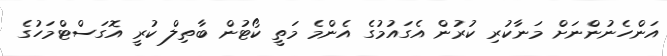
އަންހެނުންނަށް މަނާކުރި ކުރުން އެގައުމުގެ އެންމެ މަތީ ކޯޓުން ބާތިލް ކުރީ އޮގަސްޓްމަހުގެ